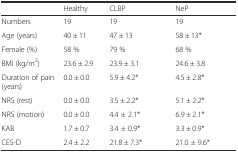
<table><thead><tr><td></td><td><b>Healthy</b></td><td><b>CLBP</b></td><td><b>NeP</b></td></tr></thead><tbody><tr><td>Numbers</td><td>19</td><td>19</td><td>19</td></tr><tr><td>Age (years)</td><td>40 ± 11</td><td>47 ± 13</td><td>58 ± 13*</td></tr><tr><td>Female (%)</td><td>58 %</td><td>79 %</td><td>68 %</td></tr><tr><td>BMI (kg/m<sup>2</sup>)</td><td>23.6 ± 2.9</td><td>23.9 ± 3.1</td><td>24.6 ± 3.8</td></tr><tr><td>Duration of pain (years)</td><td>0.0 ± 0.0</td><td>5.9 ± 4.2*</td><td>4.5 ± 2.8*</td></tr><tr><td>NRS (rest)</td><td>0.0 ± 0.0</td><td>3.5 ± 2.2*</td><td>5.1 ± 2.2*</td></tr><tr><td>NRS (motion)</td><td>0.0 ± 0.0</td><td>4.4 ± 2.1*</td><td>6.9 ± 2.1*</td></tr><tr><td>KAB</td><td>1.7 ± 0.7</td><td>3.4 ± 0.9*</td><td>3.3 ± 0.9*</td></tr><tr><td>CES-D</td><td>2.4 ± 2.2</td><td>21.8 ± 7.3*</td><td>21.0 ± 9.6*</td></tr></tbody></table>